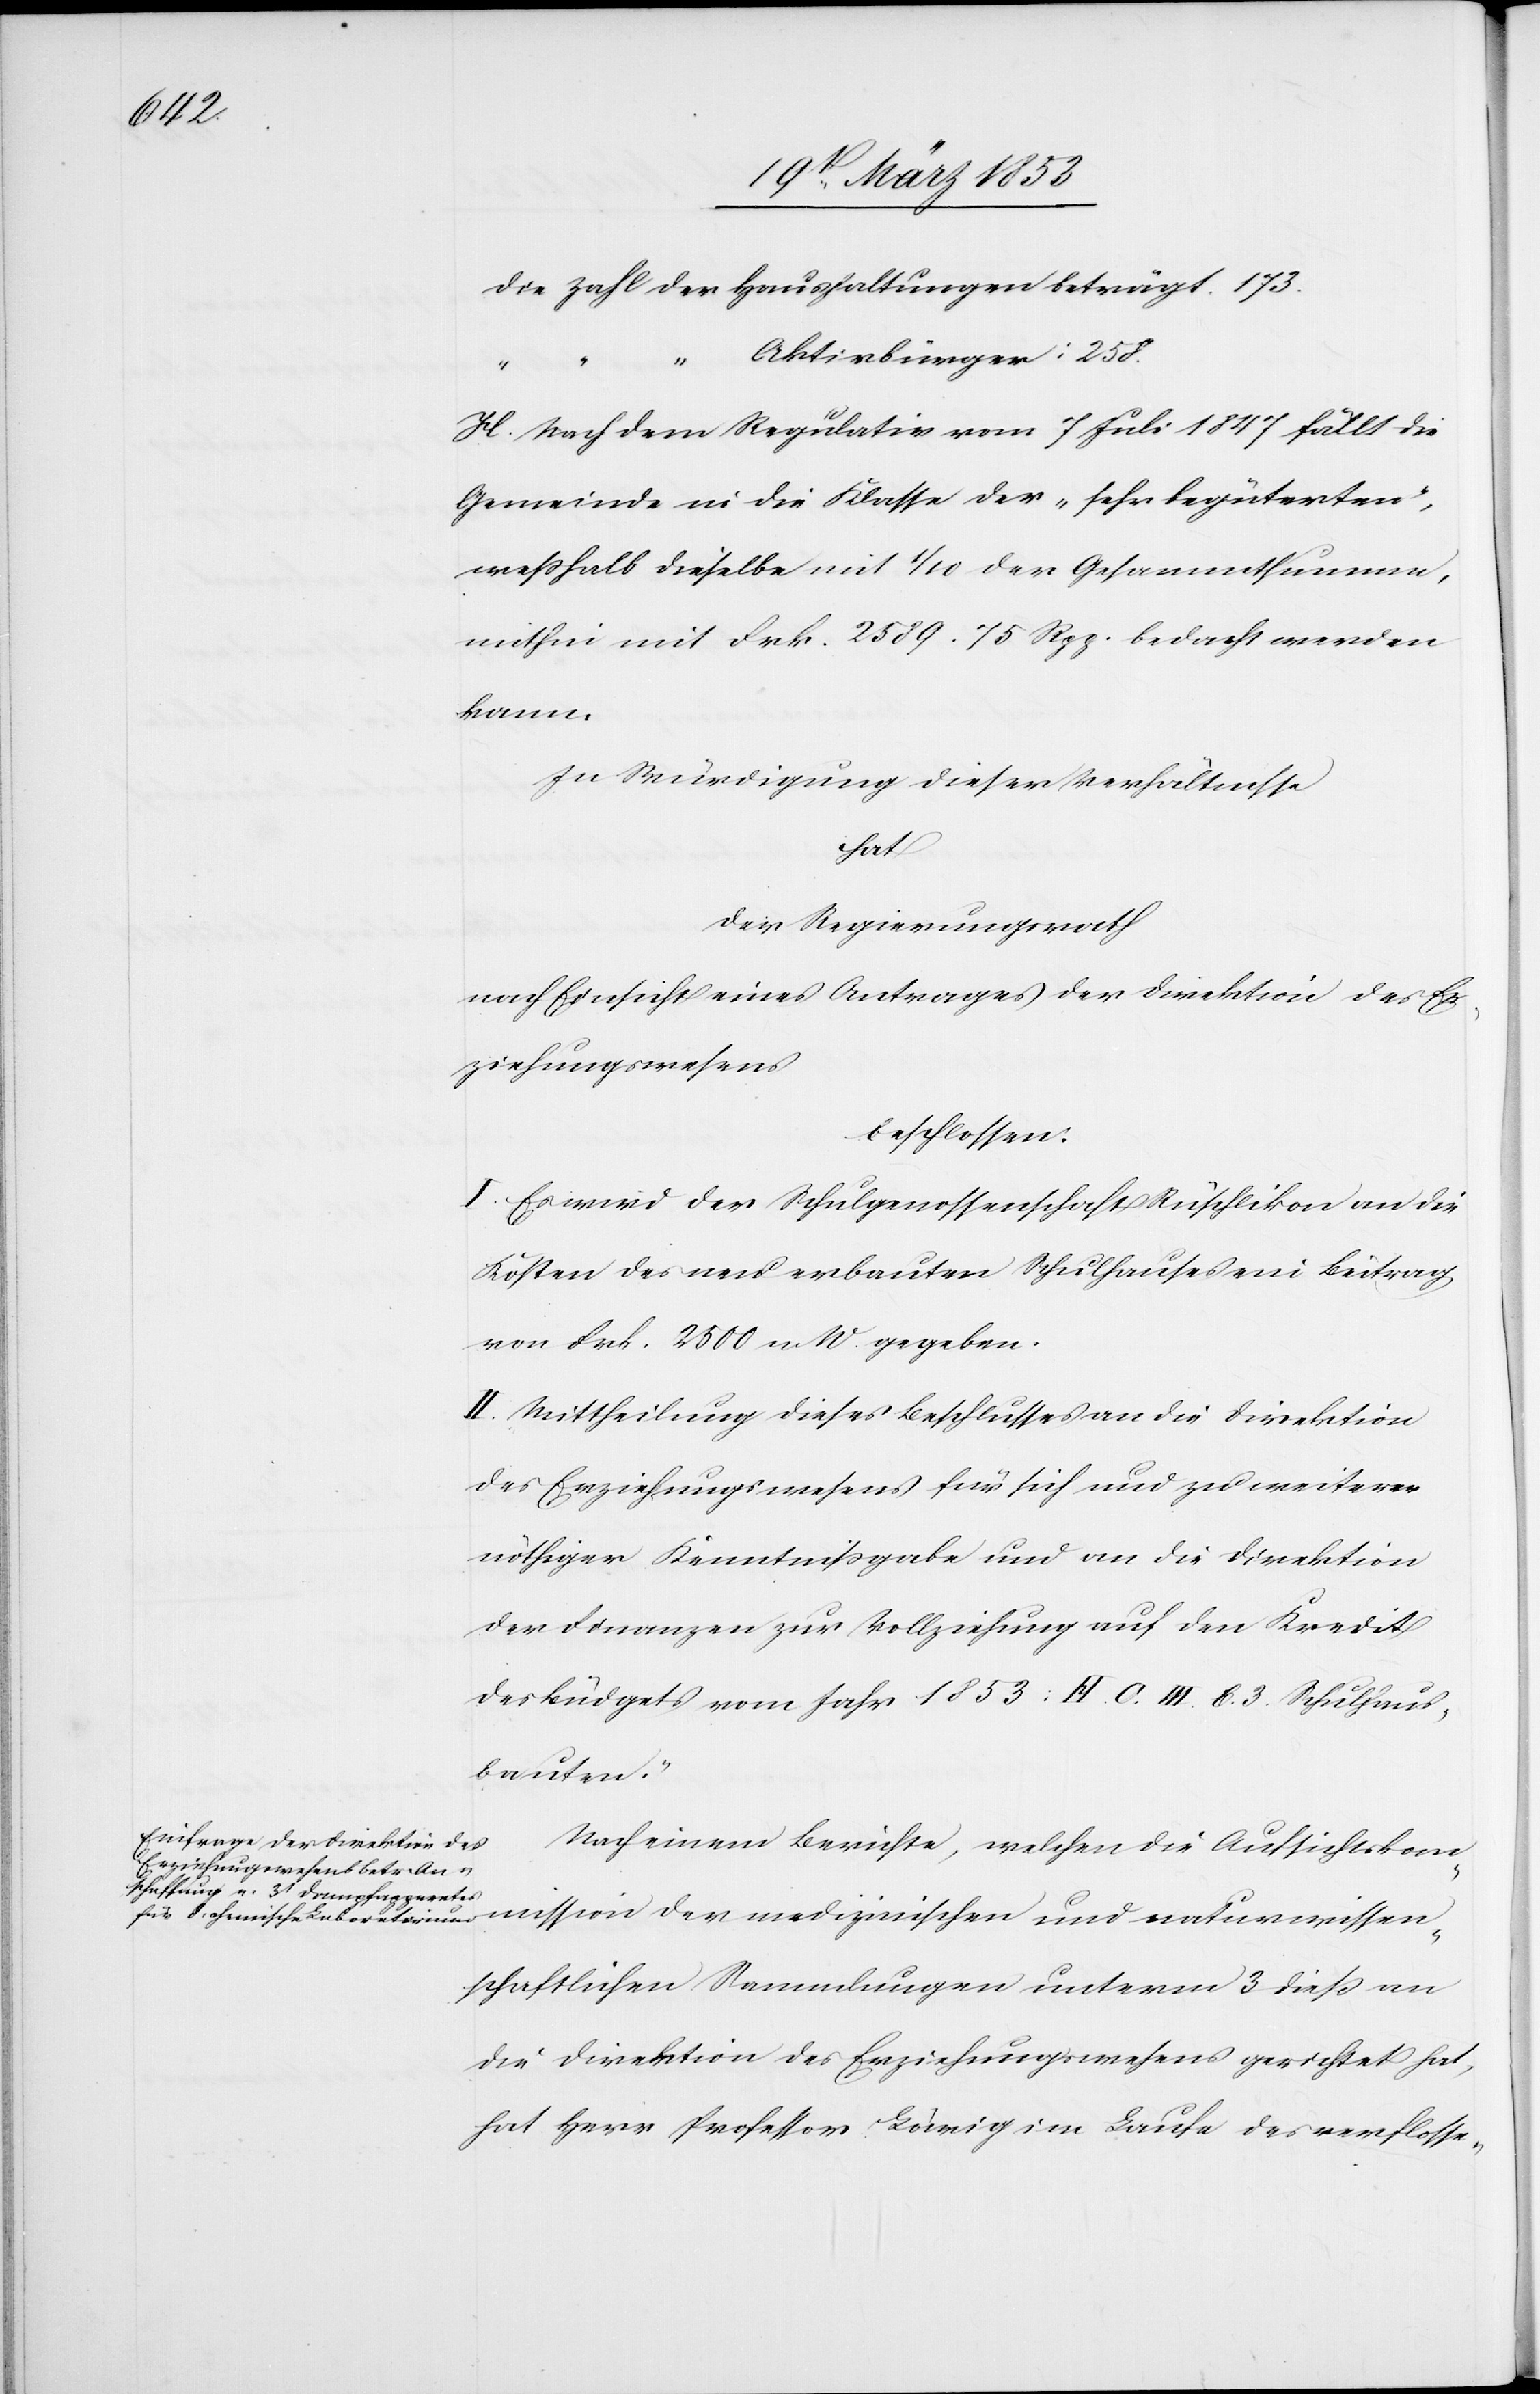
Nach einem Berichte, welchen die Aufsichtskom¬
mission der medizinischen und naturwissen¬
schaftlichen Sammlungen unterm 3 dieß an
die Direktion des Erziehungswesens gerichtet hat,
hat Herr Professor Lärig, im Laufe des verflosse-